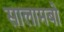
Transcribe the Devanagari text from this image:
सालामबो